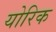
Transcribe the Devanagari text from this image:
योरिक